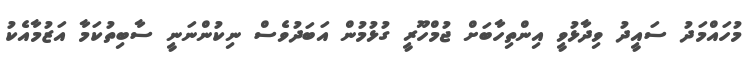
މުހައްމަދު ސައީދު ވިދާޅުވީ އިންތިހާބަށް ޖުމްހޫރީ ގުޅުމުން އަބަދުވެސް ނިކުންނަނީ ސާބިތުކަމާ އަޒުމާއެކު